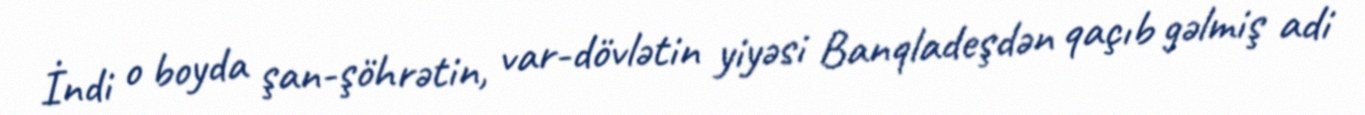
İndi o boyda şan-şöhrətin, var-dövlətin yiyəsi Banqladeşdən qaçıb gəlmiş adi